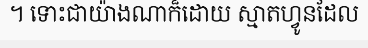
។ ទោះជាយ៉ាងណាក៏ដោយ ស្មាតហ្វូនដែល